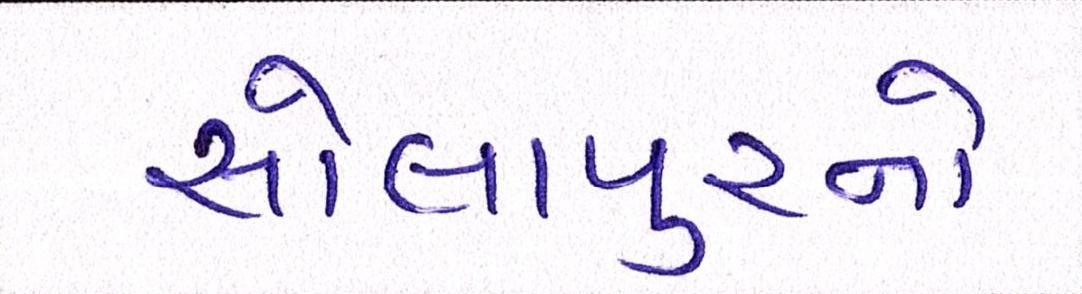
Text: સોલાપુરનો